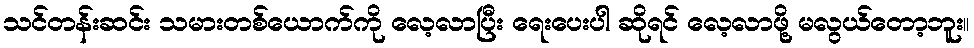
သင်တန်းဆင်း သမားတစ်ယောက်ကို လေ့လာပြီး ရေးပေးပါ ဆိုရင် လေ့လာဖို့ မလွယ်တော့ဘူး။